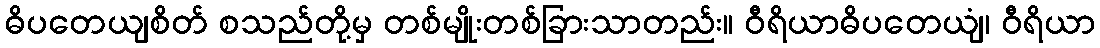
ဓိပတေယျစိတ် စသည်တို့မှ တစ်မျိုးတစ်ခြားသာတည်း။ ဝီရိယာဓိပတေယျံ၊ ဝီရိယာ